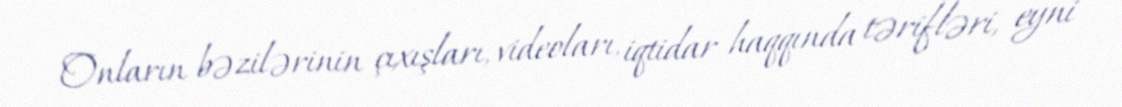
Onların bəzilərinin çıxışları, videoları, iqtidar haqqında tərifləri, eyni